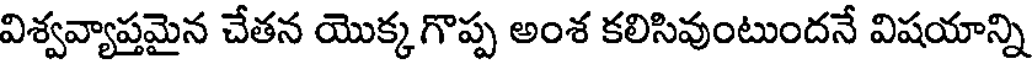
విశ్వవ్యాప్తమైన చేతన యొక్కగొప్ప అంశ కలిసివుంటుందనే విషయాన్ని